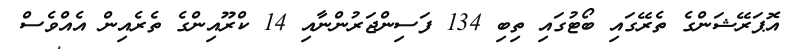
އޮޕަރޭޝަންގެ ތެރޭގައި ބޯޓުގައި ތިބި 134 ފަސިންޖަރުންނާއި 14 ކްރޫއިންގެ ތެރެއިން އެއްވެސް